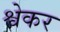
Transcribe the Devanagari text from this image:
श्वेकर